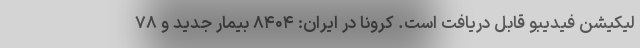
لیکیشن فیدیبو قابل دریافت است. کرونا در ایران: ۸۴۰۴ بیمار جدید و ۷۸